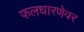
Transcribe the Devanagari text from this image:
फलधारणेवर